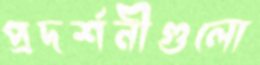
প্রদর্শনীগুলো